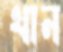
থান